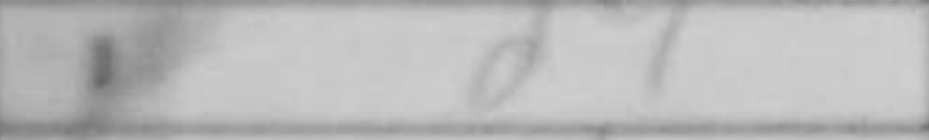
Transcription: d4